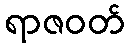
ရာဇဝတ်